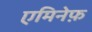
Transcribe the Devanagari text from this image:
एमिनेफ़